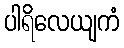
ပါရိလေယျကံ